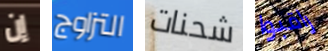
إن التزاوج شحنات راقبوا